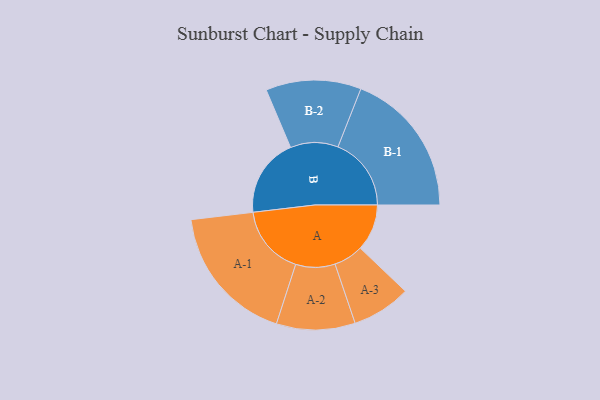
{"axis": {"x": "Segment", "y": "Value"}, "legend": ["", "A", "B"], "data": [{"x": "A", "y": 191, "type": ""}, {"x": "B", "y": 323, "type": ""}, {"x": "A-1", "y": 286, "type": "A"}, {"x": "A-2", "y": 161, "type": "A"}, {"x": "A-3", "y": 121, "type": "A"}, {"x": "B-1", "y": 300, "type": "B"}, {"x": "B-2", "y": 195, "type": "B"}]}